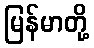
မြန်မာတို့